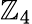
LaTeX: \mathbb{Z}_{4}